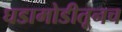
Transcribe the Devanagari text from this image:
घडामोडीतूनच